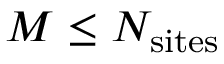
M \leq N _ { \mathrm { s i t e s } }